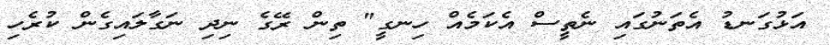
އަޅުގަނޑު އެތަނުގައި ނެތީސް އެކަމެއް ހިނގީ" ތިން ރޭގެ ނިދި ނަގާލައިގެން ކުރެހި